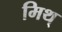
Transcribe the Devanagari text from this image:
मिथ्